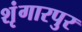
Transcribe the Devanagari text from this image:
शृंगारपुर